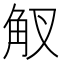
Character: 𧢷